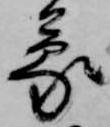
蒙